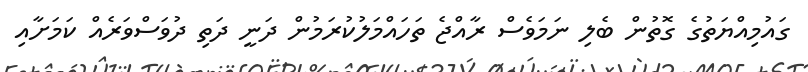
ގައުމިއްޔަތުގެ ގޮތުން ބެލި ނަމަވެސް ރާއްޖެ ތަހައްމަލުކުރަމުން ދަނީ ދަތި ދުވަސްވަރެއް ކަމަށާއި